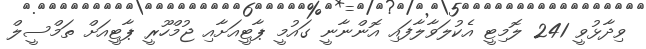
ވިދާޅުވީ 241 ލޮމިޓީ އެކުލަވާލާފައި އޮންނާނީ ގައުމީ ޕާޓީއަށާއި ޖުމްހޫރީ ޕާޓީއަށް ތަމްސީލް